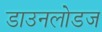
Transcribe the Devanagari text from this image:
डाउनलोडज